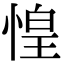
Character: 惶